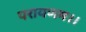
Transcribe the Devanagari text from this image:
परायणम।।